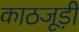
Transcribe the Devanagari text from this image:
काठजूड़ी